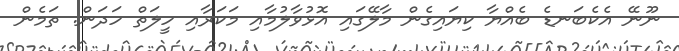
ނޫނޭ އެކެބަނޑެ ބެއްޔާ ކިޔައިގެން މާލޭގައި އޮޅުވާލުމާއި މަކަރާއި ހީލަތް ހަދަން. ތަމެން